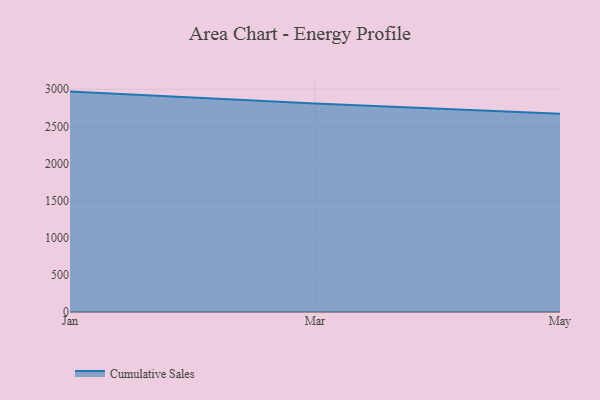
{"axis": {"x": "Month", "y": "Population (Million)"}, "legend": ["Cumulative Sales"], "data": [{"x": "Jan", "y": 2968.7, "type": "Cumulative Sales"}, {"x": "Mar", "y": 2809.8, "type": "Cumulative Sales"}, {"x": "May", "y": 2668.7, "type": "Cumulative Sales"}]}